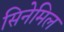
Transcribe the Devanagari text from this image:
सिनेमिल